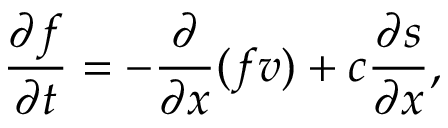
\frac { \partial f } { \partial t } = - \frac { \partial } { \partial x } ( f v ) + c \frac { \partial s } { \partial x } ,